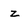
Character: z